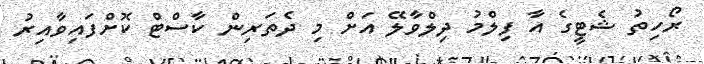
ރޯހިތު ޝެޓީގެ އާ ފިލްމު ދިލްވާލޭ އަށް މި ދެތަރިން ކާސްޓް ކޮށްފައިވާއިރު